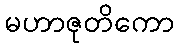
မဟာဇုတိကော